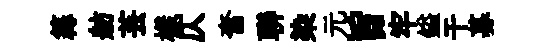
篝舫芸樣仄奮聨染元旨牢鎰干募